Scottish assistants in French and German schools and colleges, 1936
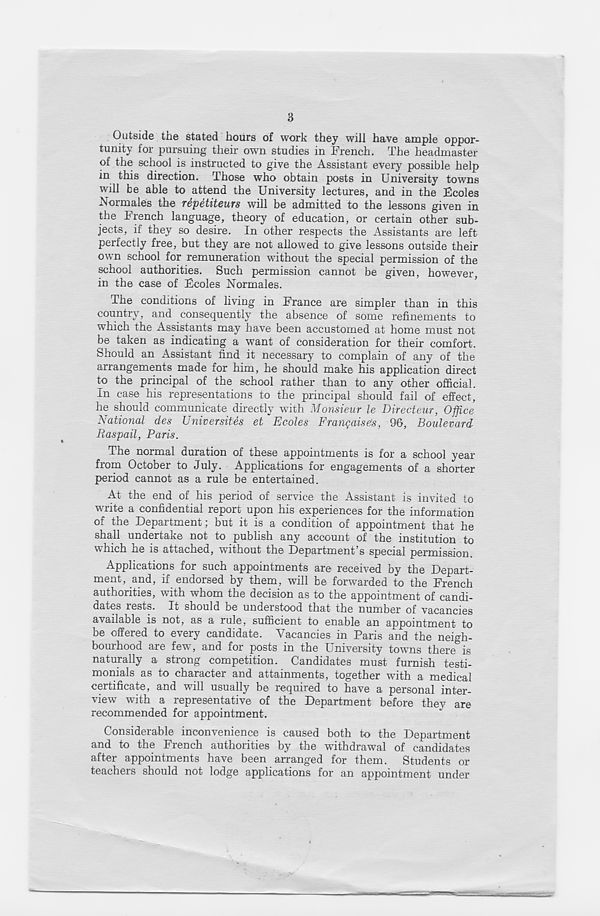
3
Outside the stated hours of work they will have ample oppor-
tunity for pursuing their own studies in French. The headmaster
of the school is instructed to give the Assistant every possible help
in this direction. Those who obtain posts in University towns
will be able to attend the University lectures, and in the Fcoles
Normales the repetiteurs will be admitted to the lessons given in
the French language, theory of education, or certain other sub-
jects, if they so desire. In other respects the Assistants are left
perfectly free, but they are not allowed to give lessons outside their
own school for remuneration without the special permission of the
school authorities. Such permission cannot be given, however,
in the case of Fcoles Normales.
The conditions of living in France are simpler than in this
country, and consequently the absence of some refinements to
which the Assistants may have been accustomed at home must not
be taken as indicating a want of consideration for their comfort.
Should an Assistant find it necessary to complain of any of the
arrangements made for him, he should make his application direct
to the principal of the school rather than to any other official.
In case his representations to the principal should fail of effect,
he should communicate directly with Monsieur le Directeur, Office
National des Universites et Ecoles Francaise's, 96, Boulevard
Raspail, Paris.
The normal duration of these appointments is for a school year
from October to July. Applications for engagements of a shorter
period cannot as a rule be entertained.
At the end of his period of service the Assistant is invited to
write a confidential report upon his experiences for the information
of the Department; but it is a condition of appointment that he
shall undertake not to publish any account of the institution to
which he is attached, without the Department’s special permission.
Applications for such appointments are received by the Depart-
ment, and, if endorsed by them, will be forwarded to the French
authorities, with whom the decision as to the appointment of candi-
dates rests. It should be understood that the number of vacancies
available is not, as a rule, sufficient to enable an appointment to
be offered to every candidate. Vacancies in Paris and the neigh-
bourhood are few, and for posts in the University towns there is
naturally a strong competition. Candidates must furnish testi-
monials as to character and attainments, together with a medical
certificate, and will usually be required to have a personal inter-
view with a representative of the Department before they are
recommended for appointment.
Considerable inconvenience is caused both to the Department
and to the French authorities by the withdrawal of candidates
after appointments have been arranged for them. Students or
teachers should not lodge applications for an appointment under